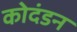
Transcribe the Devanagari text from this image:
कोदंडन